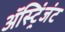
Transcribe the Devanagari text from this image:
ॲस्ट्रिंजंट